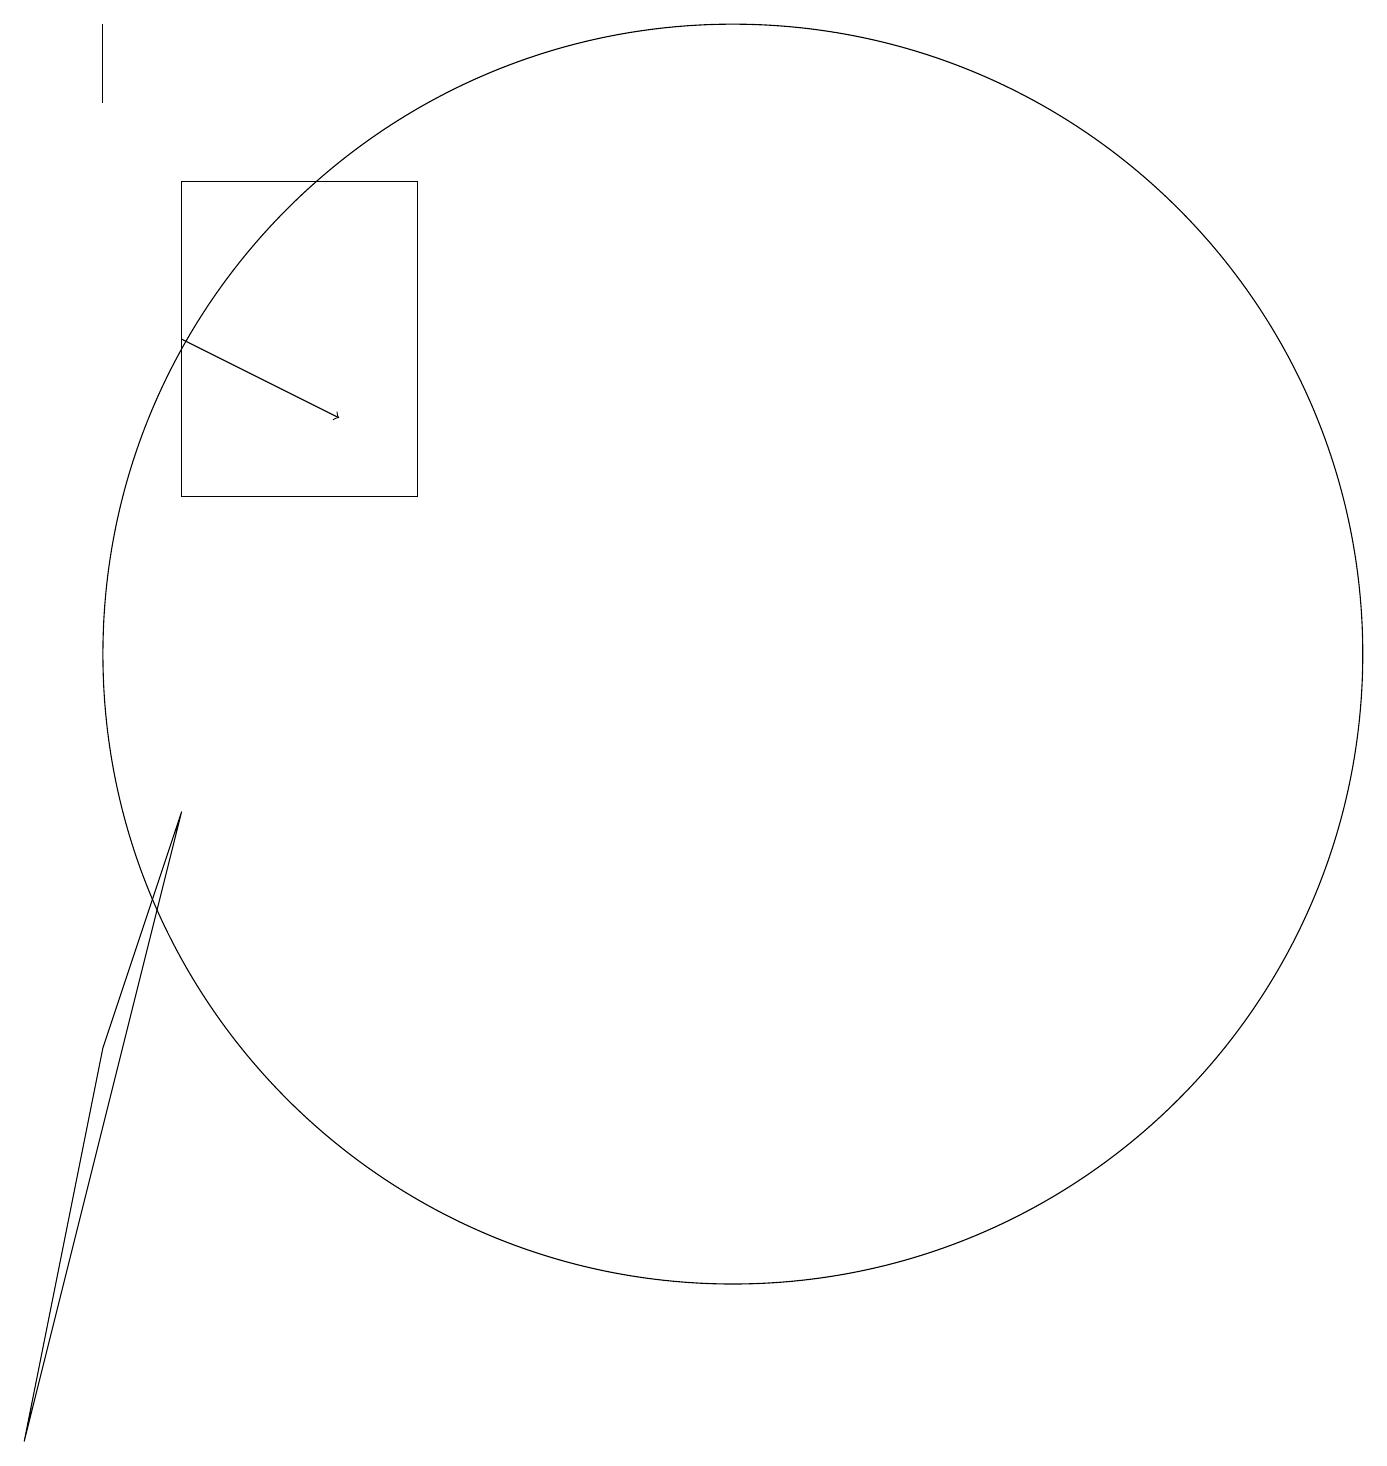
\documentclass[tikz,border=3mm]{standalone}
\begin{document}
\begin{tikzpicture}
\draw (11,11) circle (8);
\draw (3,18) rectangle (3,19);
\draw (4,13) rectangle (7,17);
\draw[->] (4,15) -- (6,14);
\draw (4,9) -- (3,6) -- (2,1) -- cycle;
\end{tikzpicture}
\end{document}